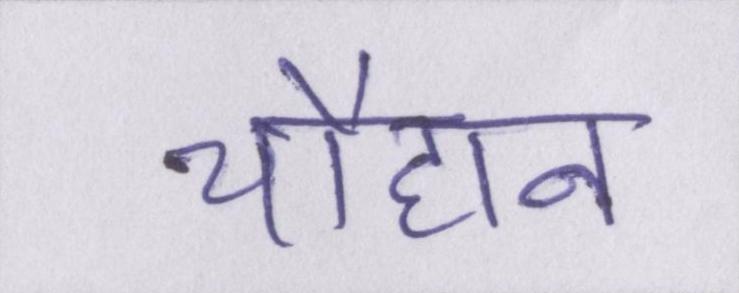
चौहान